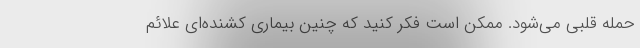
حمله قلبی می‌شود. ممکن است فکر کنید که چنین بیماری کشنده‌ای علائم